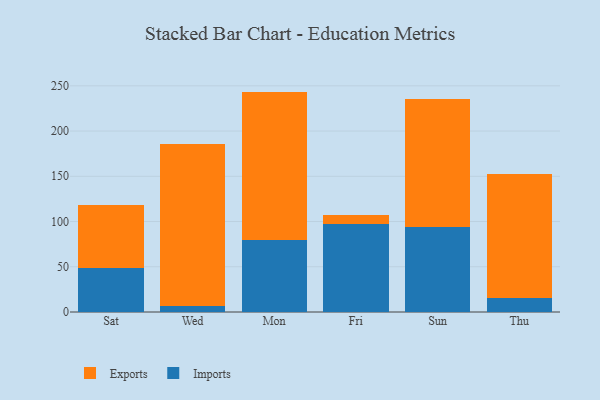
{"axis": {"x": "Day", "y": "Backlog"}, "legend": ["Exports", "Imports"], "data": [{"x": "Sat", "y": 48.4, "type": "Imports"}, {"x": "Sat", "y": 69.8, "type": "Exports"}, {"x": "Wed", "y": 7.0, "type": "Imports"}, {"x": "Wed", "y": 179.2, "type": "Exports"}, {"x": "Mon", "y": 80.0, "type": "Imports"}, {"x": "Mon", "y": 163.6, "type": "Exports"}, {"x": "Fri", "y": 97.3, "type": "Imports"}, {"x": "Fri", "y": 9.5, "type": "Exports"}, {"x": "Sun", "y": 94.2, "type": "Imports"}, {"x": "Sun", "y": 141.3, "type": "Exports"}, {"x": "Thu", "y": 15.7, "type": "Imports"}, {"x": "Thu", "y": 136.9, "type": "Exports"}]}